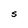
Character: S